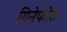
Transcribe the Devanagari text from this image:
गिनेफोरा